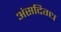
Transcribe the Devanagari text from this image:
अंसदिग्ध